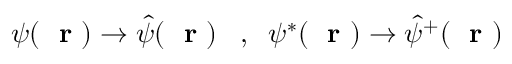
\psi ( \mathrm { ~ \bf ~ r ~ } ) \to \hat { \psi } ( \mathrm { ~ \bf ~ r ~ } ) \; \; \; , \; \; \psi ^ { * } ( \mathrm { ~ \bf ~ r ~ } ) \to \hat { \psi } ^ { + } ( \mathrm { ~ \bf ~ r ~ } )